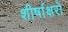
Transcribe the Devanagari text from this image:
शीर्षाक्षरों